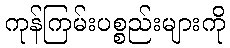
ကုန်ကြမ်းပစ္စည်းများကို